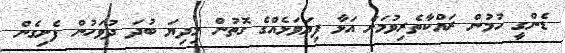
ޑެންގީ ހުމުން ރައްކާތެރިވުމަށް އަޅާ ފިޔަވަޅެއްގެ ގޮތުން މިދިޔަ ބުދަ ދުވަހުން ފެށިގެން